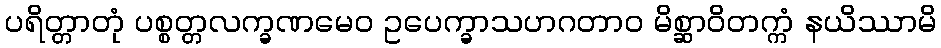
ပရိတ္တာတုံ ပစ္စတ္တလက္ခဏမေဝ ဥပေက္ခာသဟဂတာဝ မိစ္ဆာဝိတက္ကံ နယိဿာမိ